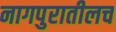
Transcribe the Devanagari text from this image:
नागपुरातीलच